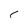
Character: c